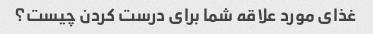
غذای مورد علاقه شما برای درست کردن چیست؟